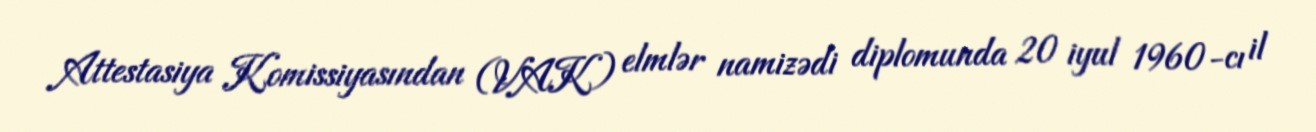
Attestasiya Komissiyasından (VAK) elmlər namizədi diplomunda 20 iyul 1960-cı il